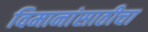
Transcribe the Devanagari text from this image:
विमानांसाठीचा